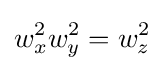
w_{x}^{2}w_{y}^{2}=w_{z}^{2}